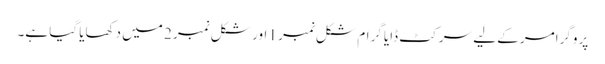
پروگرامر کے لیے سرکٹ ڈایا گرام شکل نمبر 1 اور شکل نمبر 2 میں دکھایا گیا ہے۔